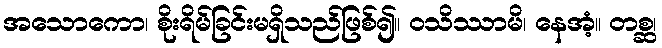
အသောကော၊ စိုးရိမ်ခြင်းမရှိသည်ဖြစ်၍။ ဝသိဿာမိ၊ နေအံ့။ တစ္ဆ၊